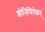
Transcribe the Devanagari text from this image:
शीनिसिषेशन्